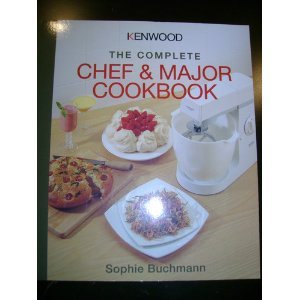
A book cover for Kenwood: The Complete Chef and Major Cookbook; Sofie Buchmann; Cookbooks, Food & Wine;